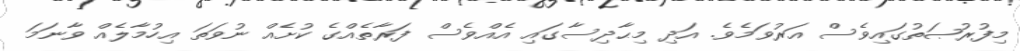
މިފުރުޞަތުގައިވެސް އަރުވަމެވެ. އަދި މިޙާދިސާގައި އެއްވެސް ފަރާތެއްގެ ކުށެއް ނުވަތަ އިހުމާލެއް ވާނަމަ